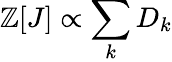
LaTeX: \mathbb{Z}[J]\propto\sum_{k}{D_{k}}